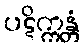
ပဋိက္ကန္တံ